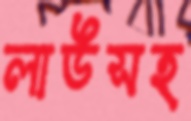
লাউসহ